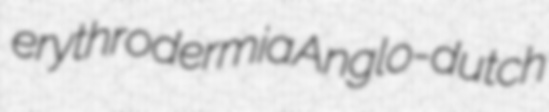
erythrodermia Anglo-dutch